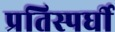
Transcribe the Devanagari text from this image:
प्रतिस्पर्घी